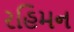
રહિમન